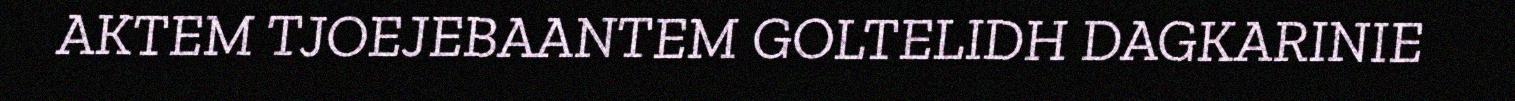
AKTEM TJOEJEBAANTEM GOLTELIDH DAGKARINIE